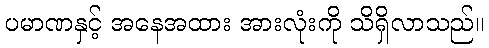
ပမာဏနှင့် အနေအထား အားလုံးကို သိရှိလာသည်။